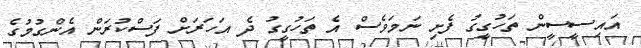
އައިސީސީން ތަހުގީގު ފެށި ނަމަވެސް އެ ތަހުގީގު ދެ އަހަރަށް ފަސްކުރަން އެންގުމުގެ